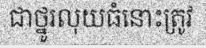
ជាថ្នូរលុយធំនោះត្រូវ